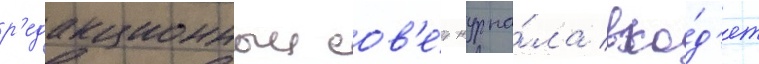
р'едакционныи сов'е́т журна́ла вхо́д'ят